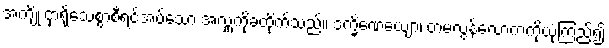
အကျိုးငှာရိုသေစွာစီရင်အပ်သော အလှူကိုခံထိုက်သည်။ ဒက္ခိဏေယျော၊ တမလွန်လောကကိုယုံကြည်၍